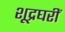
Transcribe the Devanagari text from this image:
शूद्रघरीं